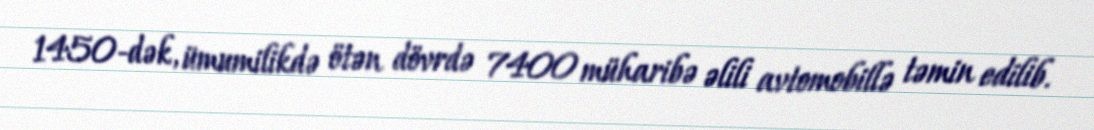
1450-dək, ümumilikdə ötən dövrdə 7400 müharibə əlili avtomobillə təmin edilib.